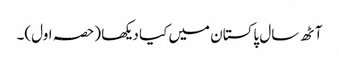
آٹھ سال پاکستان میں کیا دیکھا (حصہ اول)۔